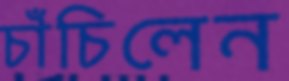
চাঁচিলেন